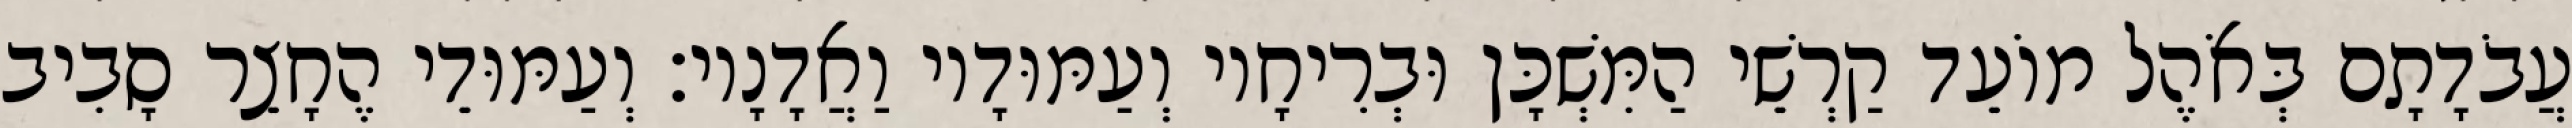
עֲבֹדָתָם בְּאֹהֶל מוֹעֵד קַרְשֵׁי הַמִּשְׁכָּן וּבְרִיחָיו וְעַמּוּדָיו וַאֲדָנָיו׃ וְעַמּוּדֵי הֶחָצֵר סָבִיב